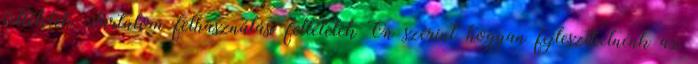
feltételek Tartalom felhasználási feltételek Ön szerint hogyan fejleszthetnénk az